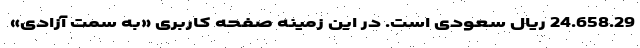
24.658.29 ریال سعودی است. در این زمینه صفحه کاربری «به سمت آزادی»